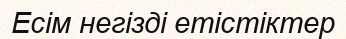
Есім негізді етістіктер